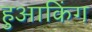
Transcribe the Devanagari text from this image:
हुआकिंग